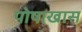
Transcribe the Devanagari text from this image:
पोषाखास